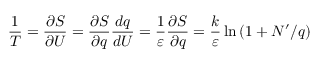
{ \frac { 1 } { T } } = { \frac { \partial S } { \partial U } } = { \frac { \partial S } { \partial q } } { \frac { d q } { d U } } = { \frac { 1 } { \varepsilon } } { \frac { \partial S } { \partial q } } = { \frac { k } { \varepsilon } } \ln \left( 1 + N ^ { \prime } / q \right)